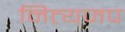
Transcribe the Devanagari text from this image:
नित्यजप